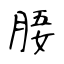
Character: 𣍲